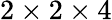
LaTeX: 2\times 2\times 4